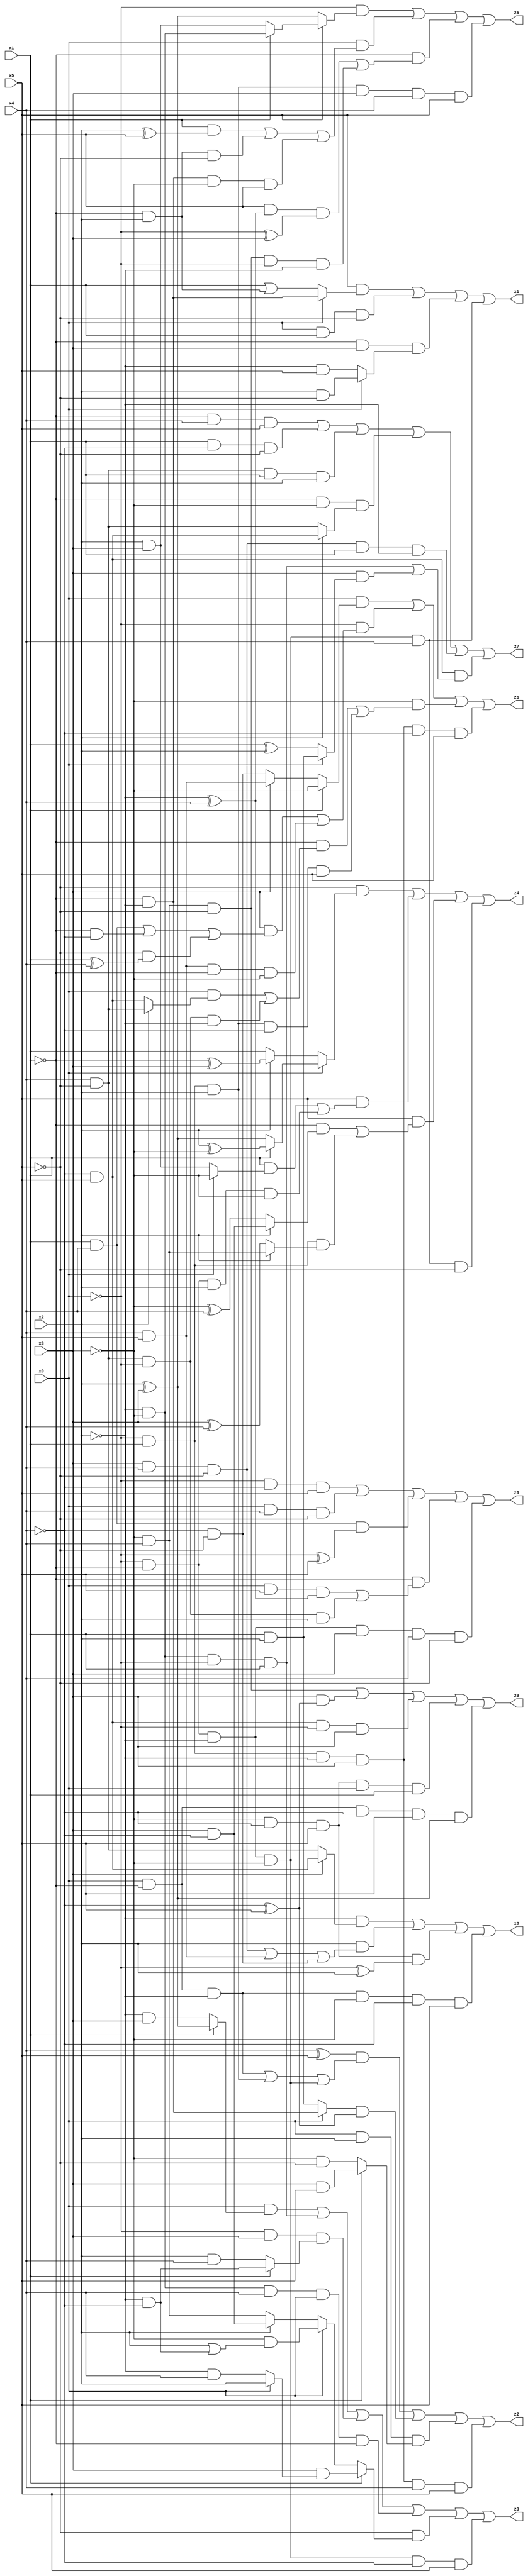
// Benchmark "X_13" written by ABC on Mon Jun 05 16:40:14 2023

module X_13 ( 
    x0, x1, x2, x3, x4, x5,
    z0, z1, z2, z3, z4, z5, z6, z7, z8, z9  );
  input  x0, x1, x2, x3, x4, x5;
  output z0, z1, z2, z3, z4, z5, z6, z7, z8, z9;
  assign z0 = (~x0 & ~x4 & x5) | (x0 & x4 & ~x5) | (x1 & x4 & (~x0 ^ x5)) | (~x1 & ((x0 & x5 & (~x2 ^ x4)) | (x4 & ~x5 & ~x0 & x2))) | (~x0 & ~x1 & ~x2 & x3 & x4 & ~x5);
  assign z1 = (x5 & (x0 ? (~x1 & ~x2) : (x1 | (~x1 & x2)))) | (x0 & x1 & ~x5) | (~x1 & x3 & (x0 ? (x2 & ~x5) : (~x2 & x5))) | (~x0 & ~x1 & ~x2 & ~x3 & x4);
  assign z2 = ((x4 ^ x5) & ((x0 & ~x1 & ~x2) | (~x0 & x1 & x2) | (~x0 & ~x1 & ~x2 & ~x3))) | ((x0 ? (~x1 & ~x2) : (x1 & x2)) & (~x4 ^ x5)) | (x0 & x2 & (x1 ? (x3 & x5) : (~x3 & ~x5))) | (~x0 & x1 & ~x2 & x3 & x4 & x5);
  assign z3 = (x0 & (x1 ? (x2 ^ x3) : (~x2 & x3))) | (~x2 & ~x3 & ~x0 & x1) | (~x0 & x3 & (x1 ? (~x2 & ~x4) : (x2 & x4))) | (~x2 & ~x3 & x4 & x0 & ~x1) | (~x5 & (x1 ? (x3 & (x0 ? x2 : (~x2 & x4))) : (x0 ? (~x3 & (x2 | (~x2 & ~x4))) : (x2 ? (x3 & ~x4) : (~x3 & x4))))) | (~x0 & ~x1 & ~x2 & ~x3 & ~x4 & x5);
  assign z4 = (~x5 & (x0 ? (x1 ? (x2 ^ ~x3) : (x2 ^ x3)) : (x2 ? (~x1 ^ x3) : x1))) | (x5 & ((x1 & (x0 ? ~x3 : (x2 & x3))) | (~x0 & ~x1 & x2 & ~x3))) | (x5 & ((~x1 & (x2 ? (x3 & ~x4) : (~x3 ^ x4))) | (~x0 & x1 & (x2 ? (~x3 & x4) : (x3 ^ x4))))) | (~x0 & ~x1 & ~x2 & ~x3 & x4 & ~x5);
  assign z5 = (~x0 & (x5 ? (x1 ? (~x2 & ~x3) : (x2 & x3)) : (x2 ^ x3))) | (x0 & ((x1 & (x2 ^ x5)) | (~x1 & x2 & ~x5) | (~x1 & ~x2 & ~x3 & x5))) | (~x1 & ((x5 & (~x2 ^ x4) & (~x0 ^ x3)) | (~x3 & x4 & ~x5 & ~x0 & ~x2))) | (~x0 & x1 & x2 & x3 & x4 & x5);
  assign z6 = (x0 & (x1 ? ~x3 : (x3 ? (x4 & x5) : (~x4 & ~x5)))) | (~x0 & ((x3 & ((x1 & x4) | (~x1 & ~x4) | (~x5 & (x1 ^ x4)))) | (x4 & x5 & ~x1 & ~x3))) | (~x3 & ((~x1 & ((x0 & (x2 ? (x4 & ~x5) : (~x4 & x5))) | (x4 & ~x5 & ~x0 & ~x2))) | (~x0 & x1 & x2 & ~x4 & x5))) | (~x0 & x1 & ~x2 & x3 & ~x4 & x5);
  assign z7 = (~x1 & x4 & x5) | (x1 & ~x4 & ~x5) | (x4 & ~x5 & x1 & x2) | (~x1 & ~x3 & (x2 ? (~x4 & x5) : (x4 & ~x5))) | (x3 & x4 & ~x5 & x1 & ~x2) | (~x4 & x5 & ((~x2 & ~x3 & ~x0 & x1) | (x3 & (x0 ? (x1 & x2) : (x1 ^ x2)))));
  assign z8 = (~x2 & (x3 ? (~x4 & x5) : (x4 & ~x5))) | (x2 & ((x3 & x4 & ~x5) | (x4 & x5) | (~x4 & ~x5))) | (~x3 & ~x4 & x5 & (~x0 ^ x2)) | (x0 & ~x1 & ~x2 & ~x3 & ~x4 & x5);
  assign z9 = (~x3 & x4 & ~x5) | (x3 & (~x4 ^ x5)) | (~x4 & x5 & ~x0 & x3) | (~x3 & ~x4 & x5 & x0 & x1) | (x0 & ~x1 & ~x4 & x5 & (x2 ^ x3));
endmodule